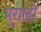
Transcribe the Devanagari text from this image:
मुराली